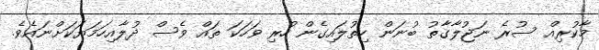
މާކުރިއް ސުރެ ނަޖުލާގާތު ބުނަން ހިތުލައިގެން ހުރި ވަހަކަ ތައް ވެސް ދުލާއިހަމަޔަކަށްނައެވެ.